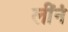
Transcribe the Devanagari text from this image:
लींनं